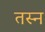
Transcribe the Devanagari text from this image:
तस्न